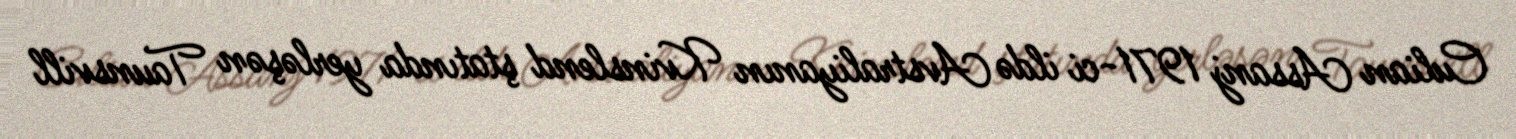
Culian Assanj 1971-ci ildə Avstraliyanın Kvinslend ştatında yerləşən Taunsvill